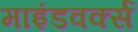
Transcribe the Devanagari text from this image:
माइंडवर्क्स